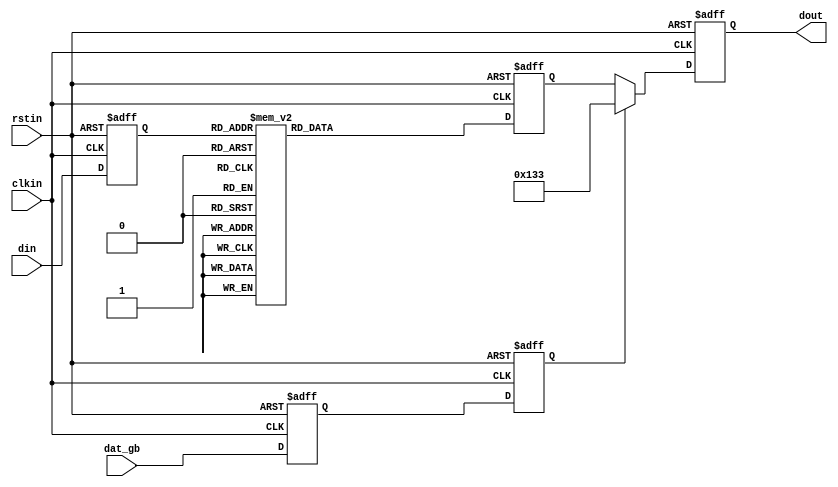
/*
    This program is free software: you can redistribute it and/or modify
     it under the terms of the GNU General Public License as published by
     the Free Software Foundation, either version 3 of the License, or
     (at your option) any later version.
 
     This program is distributed in the hope that it will be useful,
     but WITHOUT ANY WARRANTY; without even the implied warranty of
     MERCHANTABILITY or FITNESS FOR A PARTICULAR PURPOSE.  See the
     GNU General Public License for more details.
 
     You should have received a copy of the GNU General Public License
     along with this program.  If not, see <http://www.gnu.org/licenses/>.
 
 
     Copyright 2016 Andrew 'bunnie' Huang, all rights reserved 
 */
`timescale 1 ps / 1ps

module encode_terc4 (
  input            clkin,    // pixel clock input
  input            rstin,    // async. reset input (active high)
  input      [3:0] din,      // data inputs: expect registered
  output reg [9:0] dout,      // data outputs
  input            dat_gb
);

   reg [3:0] 	   din_q;    // extra stages to match pipeline delays
   reg [9:0] 	   q_m_reg;  // extra stages to match pipeline delays

   reg             dat_gb_q, dat_gb_reg;

   always @(posedge clkin or posedge rstin) begin
      if(rstin) begin
	 din_q <= 4'b0;
	 dout <= 10'b0;
	 dat_gb_q <= 1'b0;
	 dat_gb_reg <= 1'b0;
      end else begin
	 din_q <= din;
	 dat_gb_q <= dat_gb;
	 dat_gb_reg <= dat_gb_q;

	 if( dat_gb_reg ) begin
	    dout <= 10'b0100110011;
	 end else begin
	    dout <= q_m_reg;
	 end
      end // else: !if(rstin)
   end // always @ (posedge clkin or posedge rstin)
   
   always @(posedge clkin or posedge rstin) begin
      if( rstin ) begin
	 q_m_reg[9:0] <= 10'h0;
      end else begin
      case ({din_q[3], din_q[2], din_q[1], din_q[0]})
	4'b0000: q_m_reg[9:0] <= 10'b1010011100;
	4'b0001: q_m_reg[9:0] <= 10'b1001100011;
	4'b0010: q_m_reg[9:0] <= 10'b1011100100;
	4'b0011: q_m_reg[9:0] <= 10'b1011100010;
	4'b0100: q_m_reg[9:0] <= 10'b0101110001;
	4'b0101: q_m_reg[9:0] <= 10'b0100011110;
	4'b0110: q_m_reg[9:0] <= 10'b0110001110;
	4'b0111: q_m_reg[9:0] <= 10'b0100111100;
	4'b1000: q_m_reg[9:0] <= 10'b1011001100;
	4'b1001: q_m_reg[9:0] <= 10'b0100111001;
	4'b1010: q_m_reg[9:0] <= 10'b0110011100;
	4'b1011: q_m_reg[9:0] <= 10'b1011000110;
	4'b1100: q_m_reg[9:0] <= 10'b1010001110;
	4'b1101: q_m_reg[9:0] <= 10'b1001110001;
	4'b1110: q_m_reg[9:0] <= 10'b0101100011;
	4'b1111: q_m_reg[9:0] <= 10'b1011000011;
	// no default since all cases are covered in this ROM.
      endcase // case ({din_q[3], din_q[2], din_q[1], din_q[0]})
      end // else: !if( rstin )
   end // always @ (posedge clkin or posedge rstin)

endmodule // encode_terc4